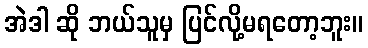
အဲဒါ ဆို ဘယ်သူမှ ပြင်လို့မရတော့ဘူး။